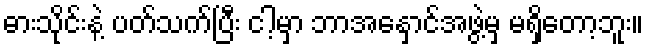
ဓားသိုင်းနဲ့ ပတ်သက်ပြီး ငါ့မှာ ဘာအနှောင်အဖွဲ့မှ မရှိတော့ဘူး။